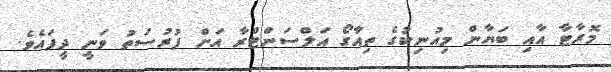
މޮރާޓާ އާއި ބަޔާން މިއުނިކުގެ ތިއާގޯ އަލްސަންޓްރާ އަށް ފުރުސަތު ވަނީ ދީފައެވެ.